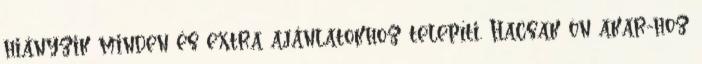
hiányzik minden és extra ajánlatokhoz telepíti. Hacsak ön akar-hoz